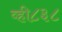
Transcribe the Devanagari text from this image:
व्ही८३८